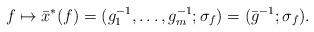
LaTeX: \begin{align*}f \mapsto \bar{x}^*(f) = (g_{1}^{-1}, \ldots, g_{m}^{-1}; \sigma_f) = (\bar{g}^{-1};\sigma_f).\end{align*}